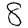
Digit: 8